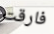
فارقت